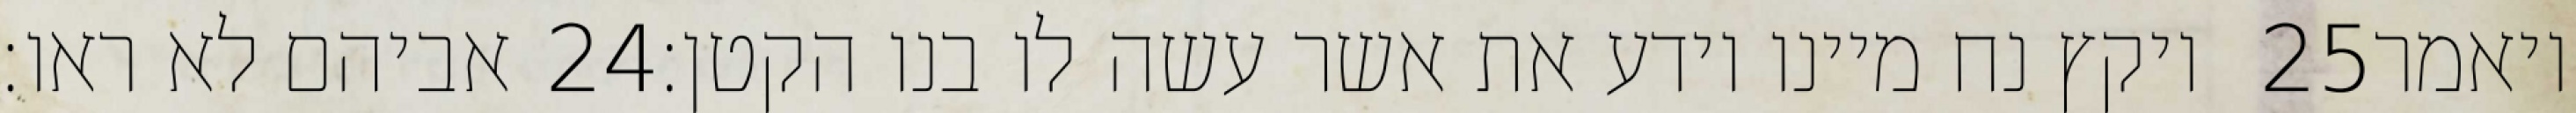
אביהם לא ראו׃ ‎24‏ ויקץ נח מיינו וידע את אשר עשה לו בנו הקטן׃ ‎25‏ ויאמר